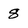
Character: 8